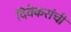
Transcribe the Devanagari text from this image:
दिवेकरांची